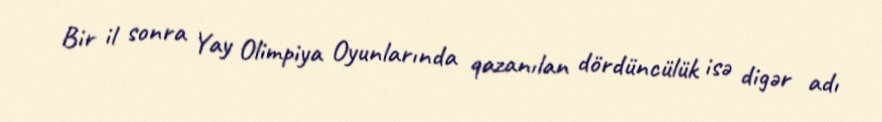
Bir il sonra Yay Olimpiya Oyunlarında qazanılan dördüncülük isə digər adı